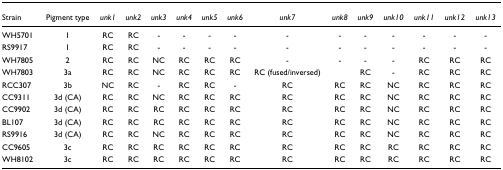
| Strain | Pigment type | unk1 | unk2 | unk3 | unk4 | unk5 | unk6 | unk7 | unk8 | unk9 | unk10 | unk11 | unk12 | unk13 |
 | --- | --- | --- | --- | --- | --- | --- | --- | --- | --- | --- | --- | --- | --- | --- |
 | WH5701 | 1 | RC | RC | - | - | - | - | - | - | - | - | - | - | - |
 | RS9917 | 1 | RC | RC | - | - | - | - | - | - | - | - | - | - | - |
 | WH7805 | 2 | RC | RC | NC | RC | RC | RC | - | - | - | - | RC | RC | RC |
 | WH7803 | 3a | RC | RC | NC | RC | RC | RC | RC (fused/inversed) |  | RC | - | RC | RC | RC |
 | RCC307 | 3b | NC | RC | - | RC | RC | - | RC | RC | RC | NC | RC | RC | RC |
 | CC9311 | 3d (CA) | RC | RC | NC | RC | RC | RC | RC | RC | RC | NC | RC | RC | RC |
 | CC9902 | 3d (CA) | RC | RC | RC | RC | RC | RC | RC | RC | RC | NC | RC | RC | RC |
 | BL107 | 3d (CA) | RC | RC | RC | RC | RC | RC | RC | RC | RC | NC | RC | RC | RC |
 | RS9916 | 3d (CA) | RC | RC | NC | RC | RC | RC | RC | RC | RC | NC | RC | RC | RC |
 | CC9605 | 3c | RC | RC | RC | RC | RC | RC | RC | RC | RC | RC | RC | RC | RC |
 | WH8102 | 3c | RC | RC | RC | RC | RC | RC | RC | RC | RC | RC | RC | RC | RC |